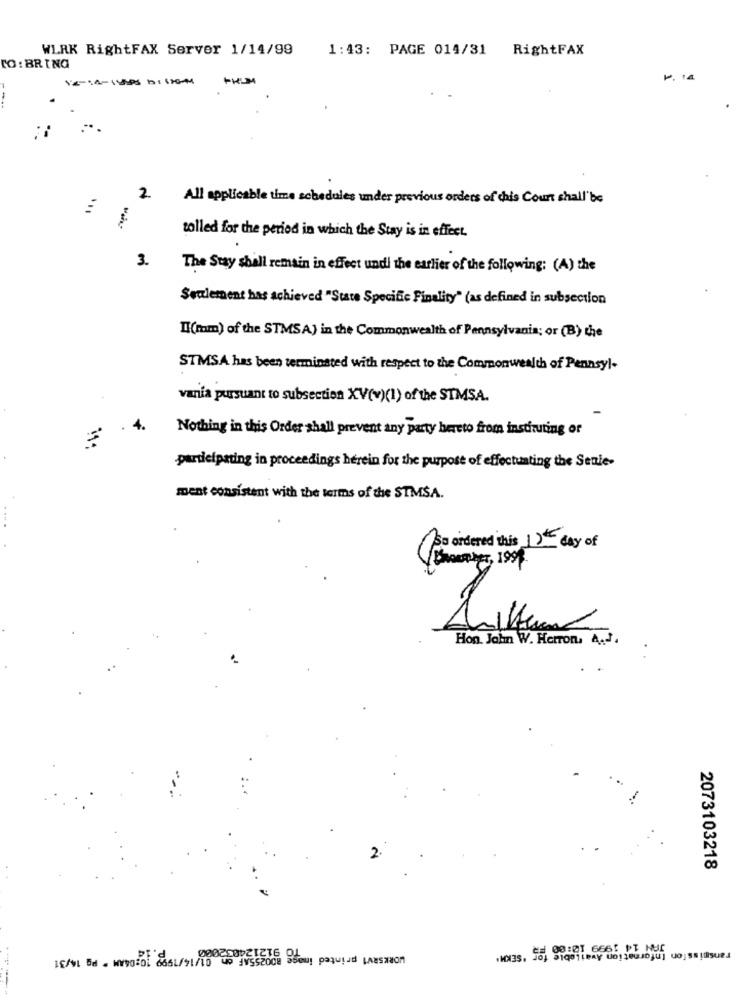
WLRK RightFAX Server 1/14/99
1:43: PAGE 014/31
RightFAX
TO : BRING
1.14
2
All applicable time schedules under previous orders of chis Court shall'be
tolled for the period in which the Stay is in effect.
3.
The Stay shall remain in effect undl the earlier of the following: (A) the
Seulement has achieved "State Specific Finality" (as defined in subsection
Il(mm) of the STMSA) in the Commonwealth of Pennsylvania; or (B) the
STMSA has been terminated with respect to the Commonwealth of Pennsyl-
vania pursuant to subsection XV(v)(1) of the SIMSA.
4.
Nothing in this Order shall prevent any party hereto from instituting or
participating in proceedings herein for the purpose of effectuating the Senie-
ment consistent with the terms of the STMSA.
So ordered this 12th day of
Hon. John W. Herron, A ...
2073103218
WORKSRVT printed image 800255AF on
Transmission Information Available
-----